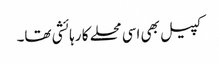
کپیل بھی اسی محلے کا رہائشی تھا۔